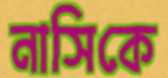
নাসিকে